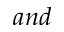
a n d